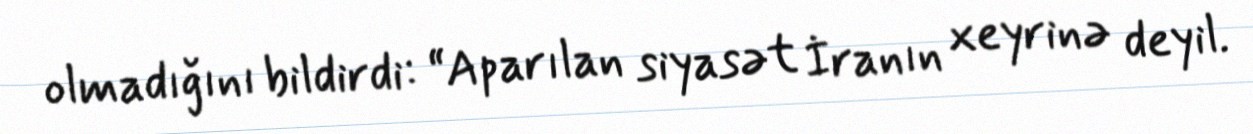
olmadığını bildirdi: “Aparılan siyasət İranın xeyrinə deyil.